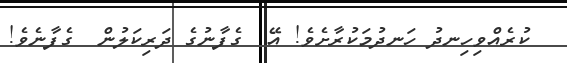
ކުރެއްވިހިނދު ހަނދުމަކުރާށެވެ! އޭ  ގެފާނުގެ ދަރިކަލުން  ގެފާނެވެ!